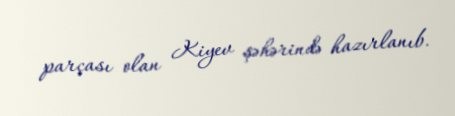
parçası olan Kiyev şəhərində hazırlanıb.